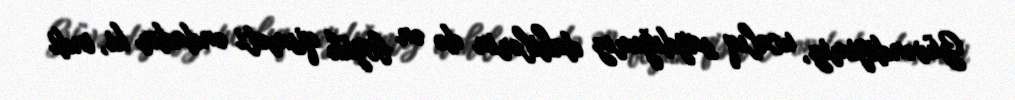
Güvəndiyimiz, ucalıq saydığımız dahilərin də ən böyük qisməti ondadır ki, indi